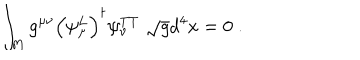
\int _ { M } g ^ { \mu \nu } \Bigr ( \psi _ { \mu } ^ { L } \Bigr ) ^ { \dagger } \psi _ { \nu } ^ { T T } \; \sqrt { g } d ^ { 4 } x = 0 \; .